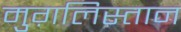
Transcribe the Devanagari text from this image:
मुग़लिस्तान